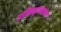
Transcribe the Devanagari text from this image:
प्रतिग्रहपरायण